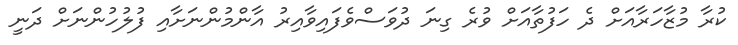
ކުރާ މުޒާހަރާއަށް ދެ ހަފުތާއަށް ވުރެ ގިނަ ދުވަސްވެފައިވާއިރު އާންމުންނަށާއި ފުލުހުންނަށް ދަނީ